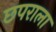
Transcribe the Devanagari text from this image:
छपराला